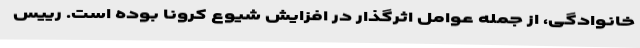
خانوادگی، از جمله عوامل اثرگذار در افزایش شیوع کرونا بوده است. رییس